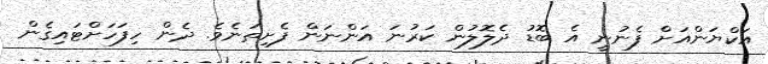
އަކްޔަންއަށް ފެނުނީ އެ ބޮޑު ދެލޮލުން ކަރުނަ އަންނަން ފެށިތަނެވެ. ދެން ހިފަހަށްޓައިގެން